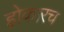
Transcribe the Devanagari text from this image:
होकारच